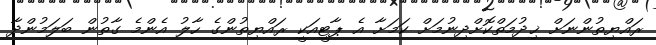
ރައްޔިތުންނަށް ޚިދުމަތްކޮށްދިނުމަށް ކަމަށާ އެ ޕާޓީއަކީ ރައްޔިތުންގެ ހާލު އެންމެ ގާތުން ބަލަމުންދާ